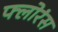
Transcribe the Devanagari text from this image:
फ्लोरंस